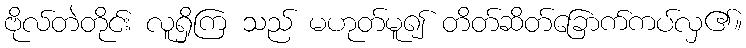
ဗိုလ်တဲတိုင်း လူရှိကြ သည် မဟုတ်မူ၍ တိတ်ဆိတ်ခြောက်ကပ်လှ၏။